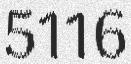
5116